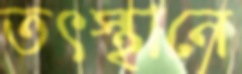
তৎস্থানে